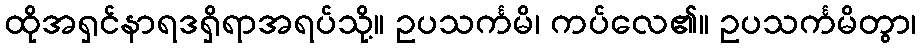
ထိုအရှင်နာရဒရှိရာအရပ်သို့။ ဥပသင်္ကမိ၊ ကပ်လေ၏။ ဥပသင်္ကမိတွာ၊